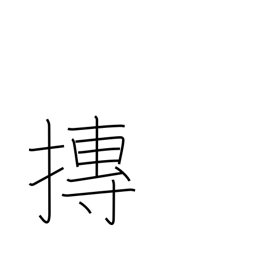
Meaning: roll into a ball